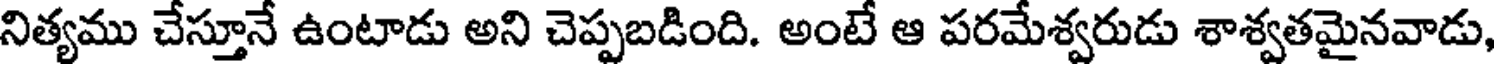
నిత్యము చేస్తూనే ఉంటాడు అని చెప్పబడింది. అంటే ఆ పరమేశ్వరుడు శాశ్వతమైనవాడు,